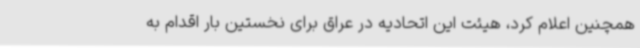
همچنین اعلام کرد، هیئت این اتحادیه در عراق برای نخستین بار اقدام به